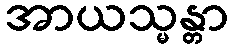
အာယသ္မန္တာ